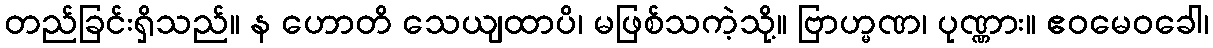
တည်ခြင်းရှိသည်။ န ဟောတိ သေယျထာပိ၊ မဖြစ်သကဲ့သို့။ ဗြာဟ္မဏ၊ ပုဏ္ဏား။ ဧဝမေဝခေါ၊